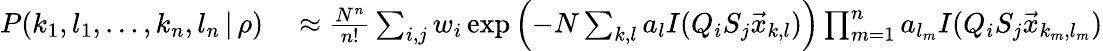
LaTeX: \begin{array}{rl}{P(k_{1},l_{1},\dots,k_{n},l_{n}\, |\, \rho)}&{{}\approx\frac{N^{n}}{n!}\sum_{i,j}w_{i}\exp\left(-N\sum_{k,l}a_{l}I(Q_{i}S_{j}\vec{x}_{k,l})\right)\prod_{m=1}^{n}a_{l_{m}}I(Q_{i}S_{j}\vec{x}_{k_{m},l_{m}})}\end{array}